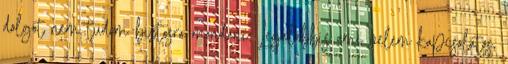
dolgot nem tudom biztosra mondani. Legalábbis ami velem kapcsolatos,